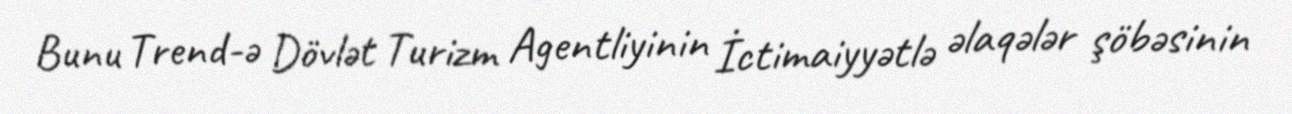
Bunu Trend-ə Dövlət Turizm Agentliyinin İctimaiyyətlə əlaqələr şöbəsinin